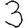
Digit: 3